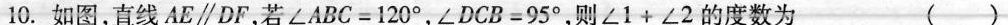
10.如图，直线AE\parallel DF，若$$∠ A B C = 1 2 0 °$$，$$∠ D C B = 9 5 °$$，则$$∠ 1 + ∠ 2$$的度数为 ()